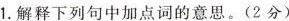
”1.解释下列句中加点词的意思。(2分)